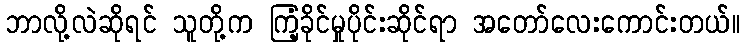
ဘာလို့လဲဆိုရင် သူတို့က ကြံ့ခိုင်မှုပိုင်းဆိုင်ရာ အတော်လေးကောင်းတယ်။